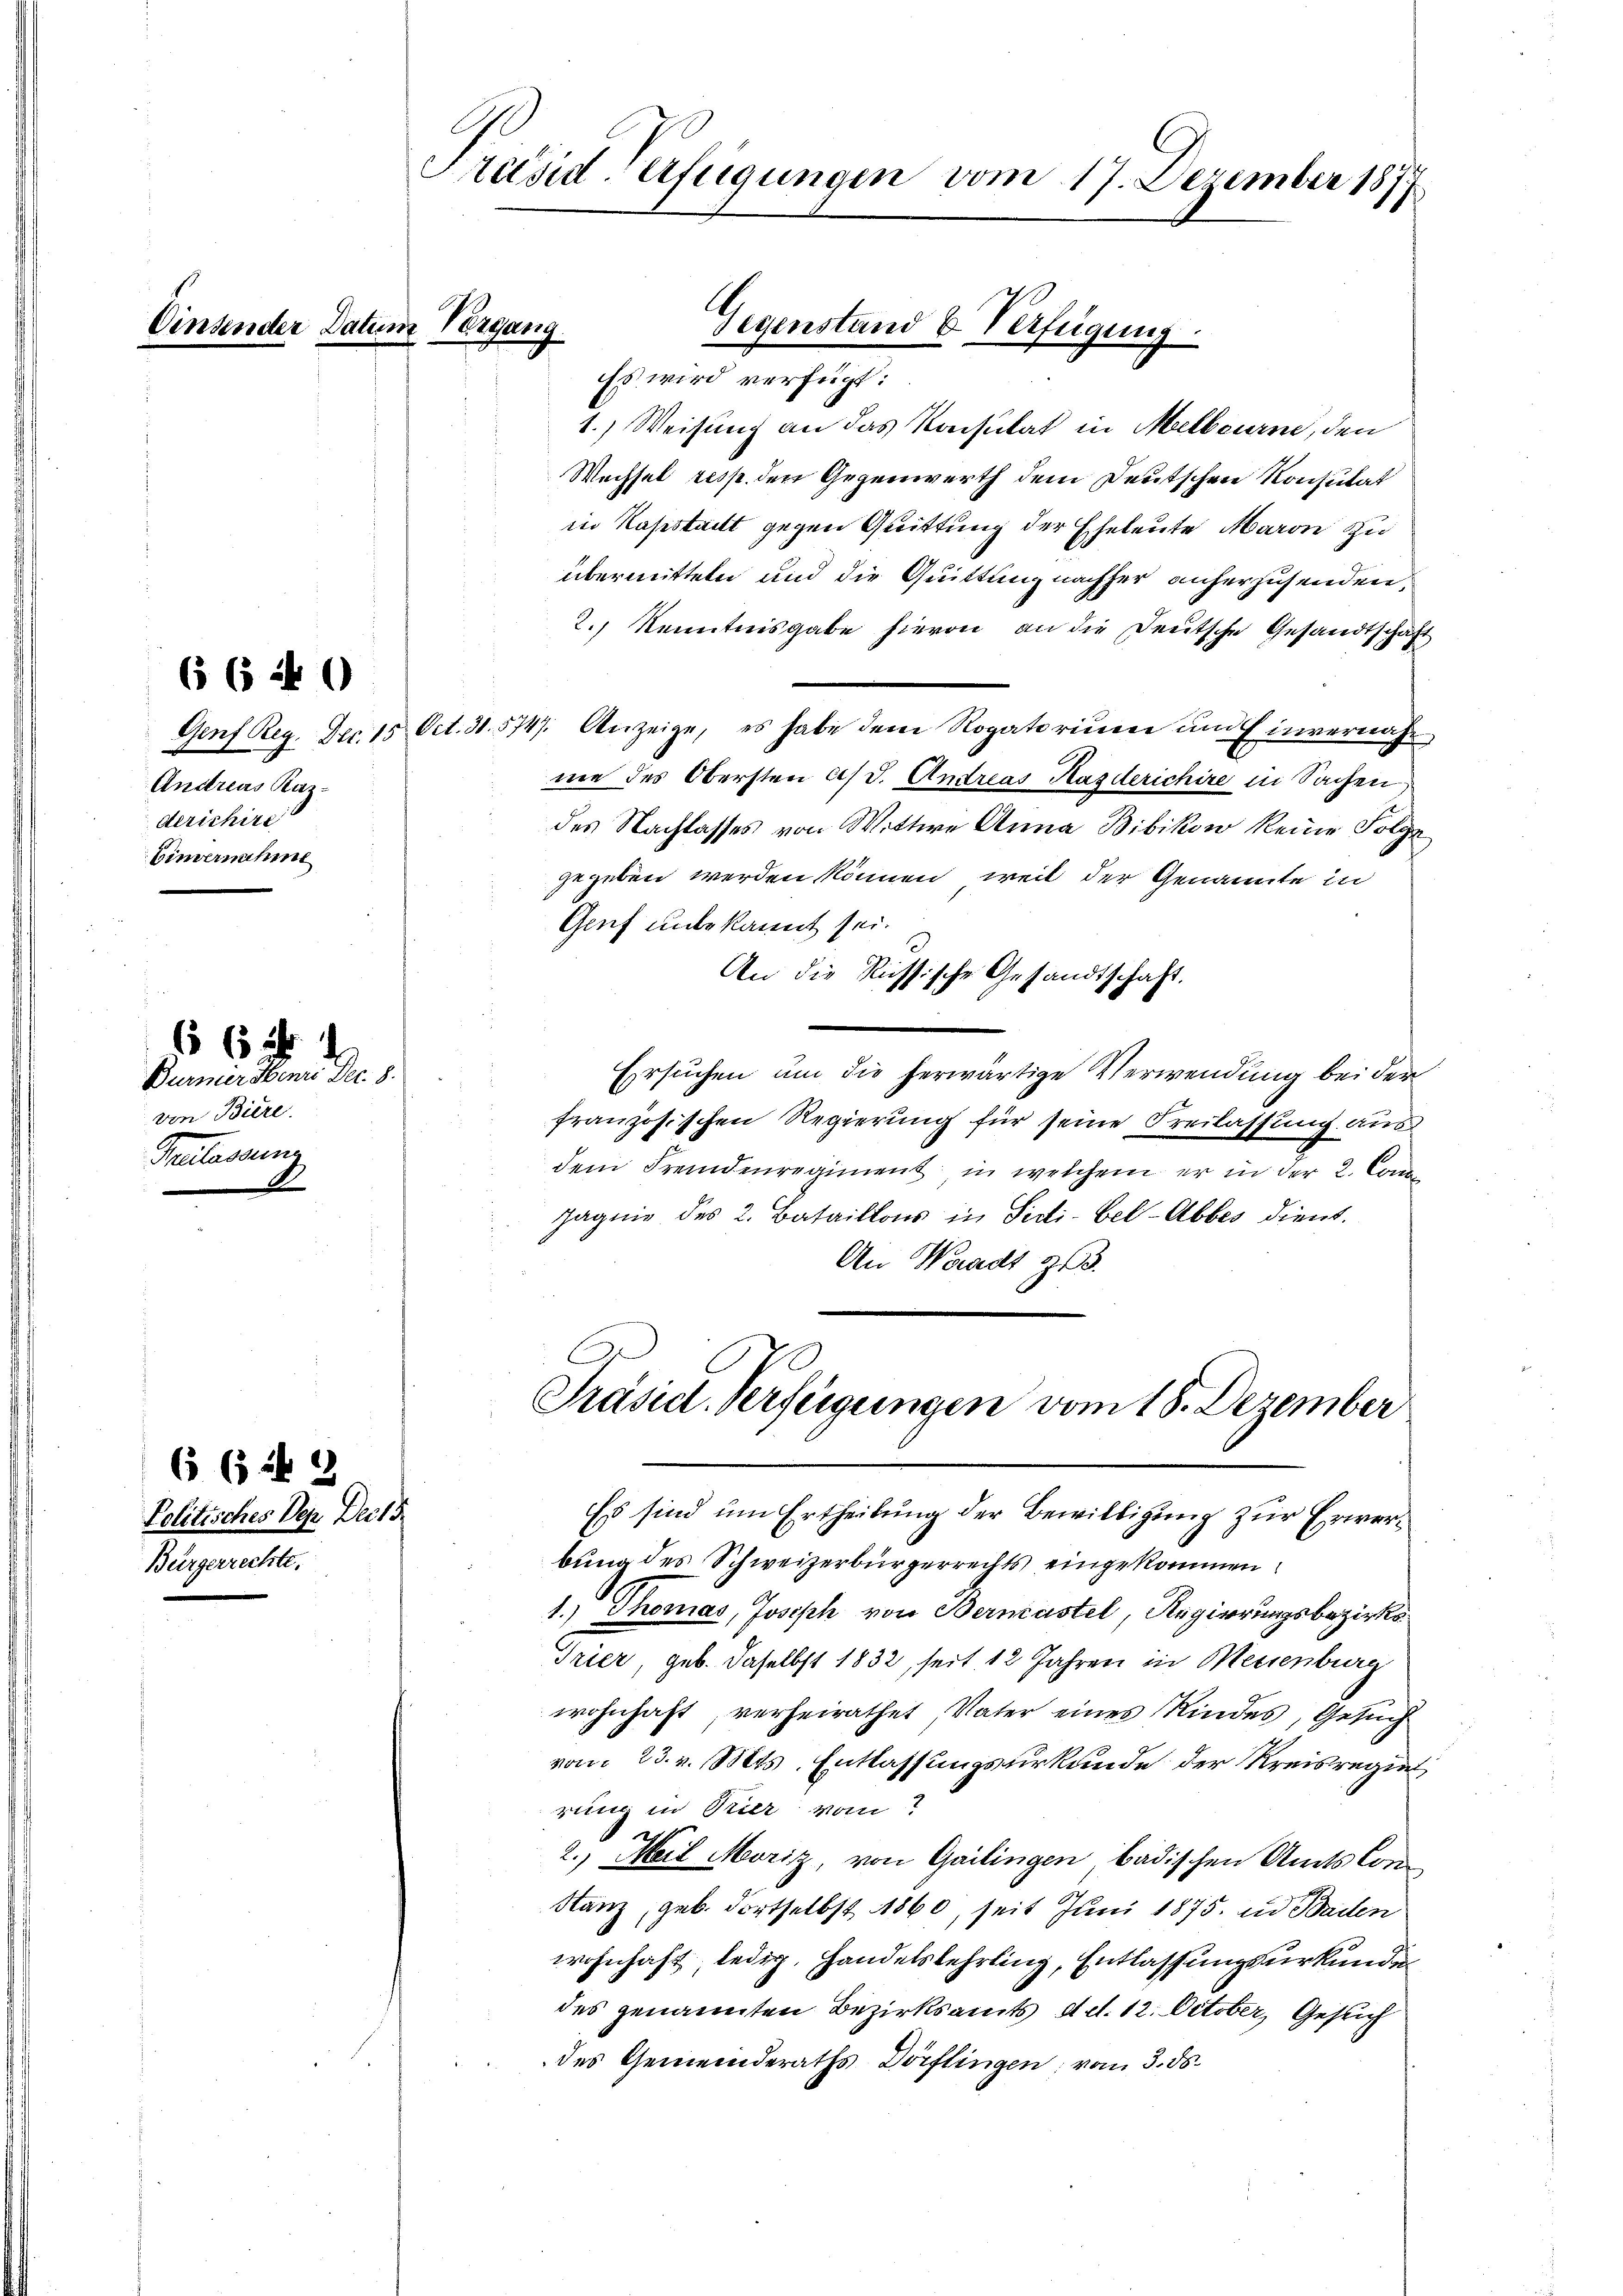
Vonsender

6 (5 ib
Politisches Dep
Bürgerrechte.

6 (140

Andreas Kazderichire
Eimernahme

von Biere.
Precareins

Bumier den Dec. 8.

8

.
Lust

Präsid-Verfügungen vom 17. Dezember 1877

atum Vergang
Gegenstand u. Verfügung

Es wird verfügt:
1.) Weisung an das Konsulat in Melbourne, den
Wechsel resp. den Gegenwerth dem Deutschen Konsulat
in Kapstait gegen Quittung der Eheleute Maron zu
übermitteln und die Quittung nachher anherzusenden,
2.) Kenntnisgabe hievon an die Deutsche Gesandtschaft
Genf Reg. Dec. 15. Oct. 31. 5747. Anzeige, es habe dem Rogatorium um Einvernahne des Obersten a/d. Andreas Hasderichire in Sachen,
des Nachlasses von Wittwe Anna Bibikon keine Folge
gegeben werden können, weil der Genannte in
Gruf unbekannt sei.
An die Russische Gesandtschaft.
Ersuchen um die herwärtige Verwendung bei der
französischen Regierung für seine Freilassung aus
dem Fremdenregiment in welchem er in der 2. Com¬
Jagnie des 2. Bataillons in Secti-bel-Abbes dient.
An Waadt Z
Präsid. Verfeigungen vom 18. Dezember

Es sind um Ertheilung der Bewilligung zur Erwerbung des Schweizerbürgerrechts eingekommen.
1.) Thomas, Joseph von Bernastel, Regierungsbezirks¬
Trier, geb. daselbst 1832, seit 12 Jahren in Meisenburg
wohnhaft, verheirathet, Vater eines Kindes, Gesuch
vom 23. v. Mts. Entlassungsurkunde der Kreisregie
rung in Pier vom
2
2.) Meil Moriz, von Gailingen badischen Amts Con
Stanz, geb. dortselbst 1860, seit Juni 1875. in Baden
wohnhaft, ledig, Handelslehrling, Entlassungsurkundun
des genannten Bezirksamts, d. d. 12. October, Gesuch
des Gemeinderaths Dörflingen; vom 3. ds.